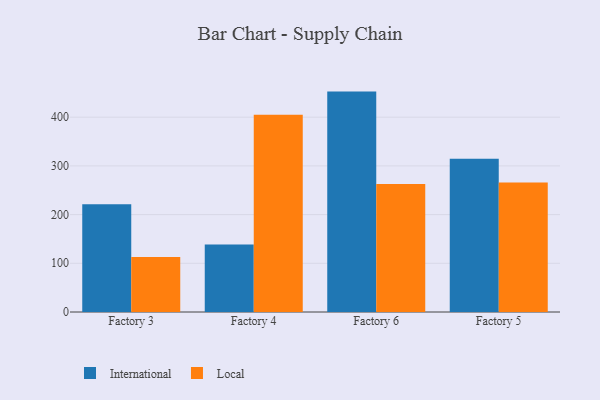
{"axis": {"x": "Factory", "y": "Gross Profit (USD K)"}, "legend": ["International", "Local"], "data": [{"x": "Factory 3", "y": 221.4, "type": "International"}, {"x": "Factory 3", "y": 113.0, "type": "Local"}, {"x": "Factory 4", "y": 138.8, "type": "International"}, {"x": "Factory 4", "y": 404.8, "type": "Local"}, {"x": "Factory 6", "y": 452.5, "type": "International"}, {"x": "Factory 6", "y": 262.8, "type": "Local"}, {"x": "Factory 5", "y": 314.6, "type": "International"}, {"x": "Factory 5", "y": 266.1, "type": "Local"}]}